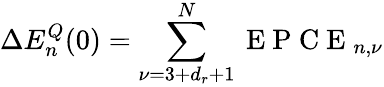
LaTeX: \Delta E_{n}^{Q}(0)=\sum_{\nu=3+d_{r}+1}^{N}\mathrm{~E~P~C~E~}_{n,\nu}